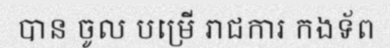
បាន ចូល បម្រើ រាជការ កងទ័ព